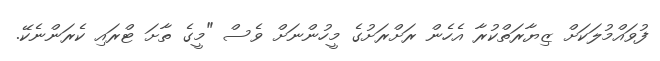
ފުވައްމުލަކަށް ޒިޔާރަތްކުރާ އެހެން ރަށްރަށުގެ މީހުންނަށް ވެސް "މީގެ ތާށަ ޓްރައި ކެރަންނެކޭ.